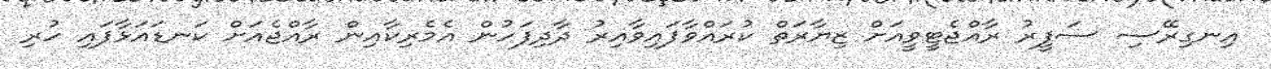
އިނގިރޭސި ސަފީރު ރާއްޖެޓީވީއަށް ޒިޔާރަތް ކުރައްވާފައިވާއިރު ދާދިފަހުން އެމެރިކާއިން ރާއްޖެއަށް ކަނޑައަޅާފައި ހުރި